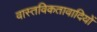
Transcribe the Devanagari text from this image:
वास्तविकतावादियों